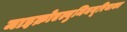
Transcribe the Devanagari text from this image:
माइक्रोएल्बुमिनयूरियाका